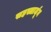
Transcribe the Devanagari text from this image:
सहस्त्रार्जून